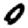
Digit: 0